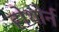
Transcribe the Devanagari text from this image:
होथोर्न